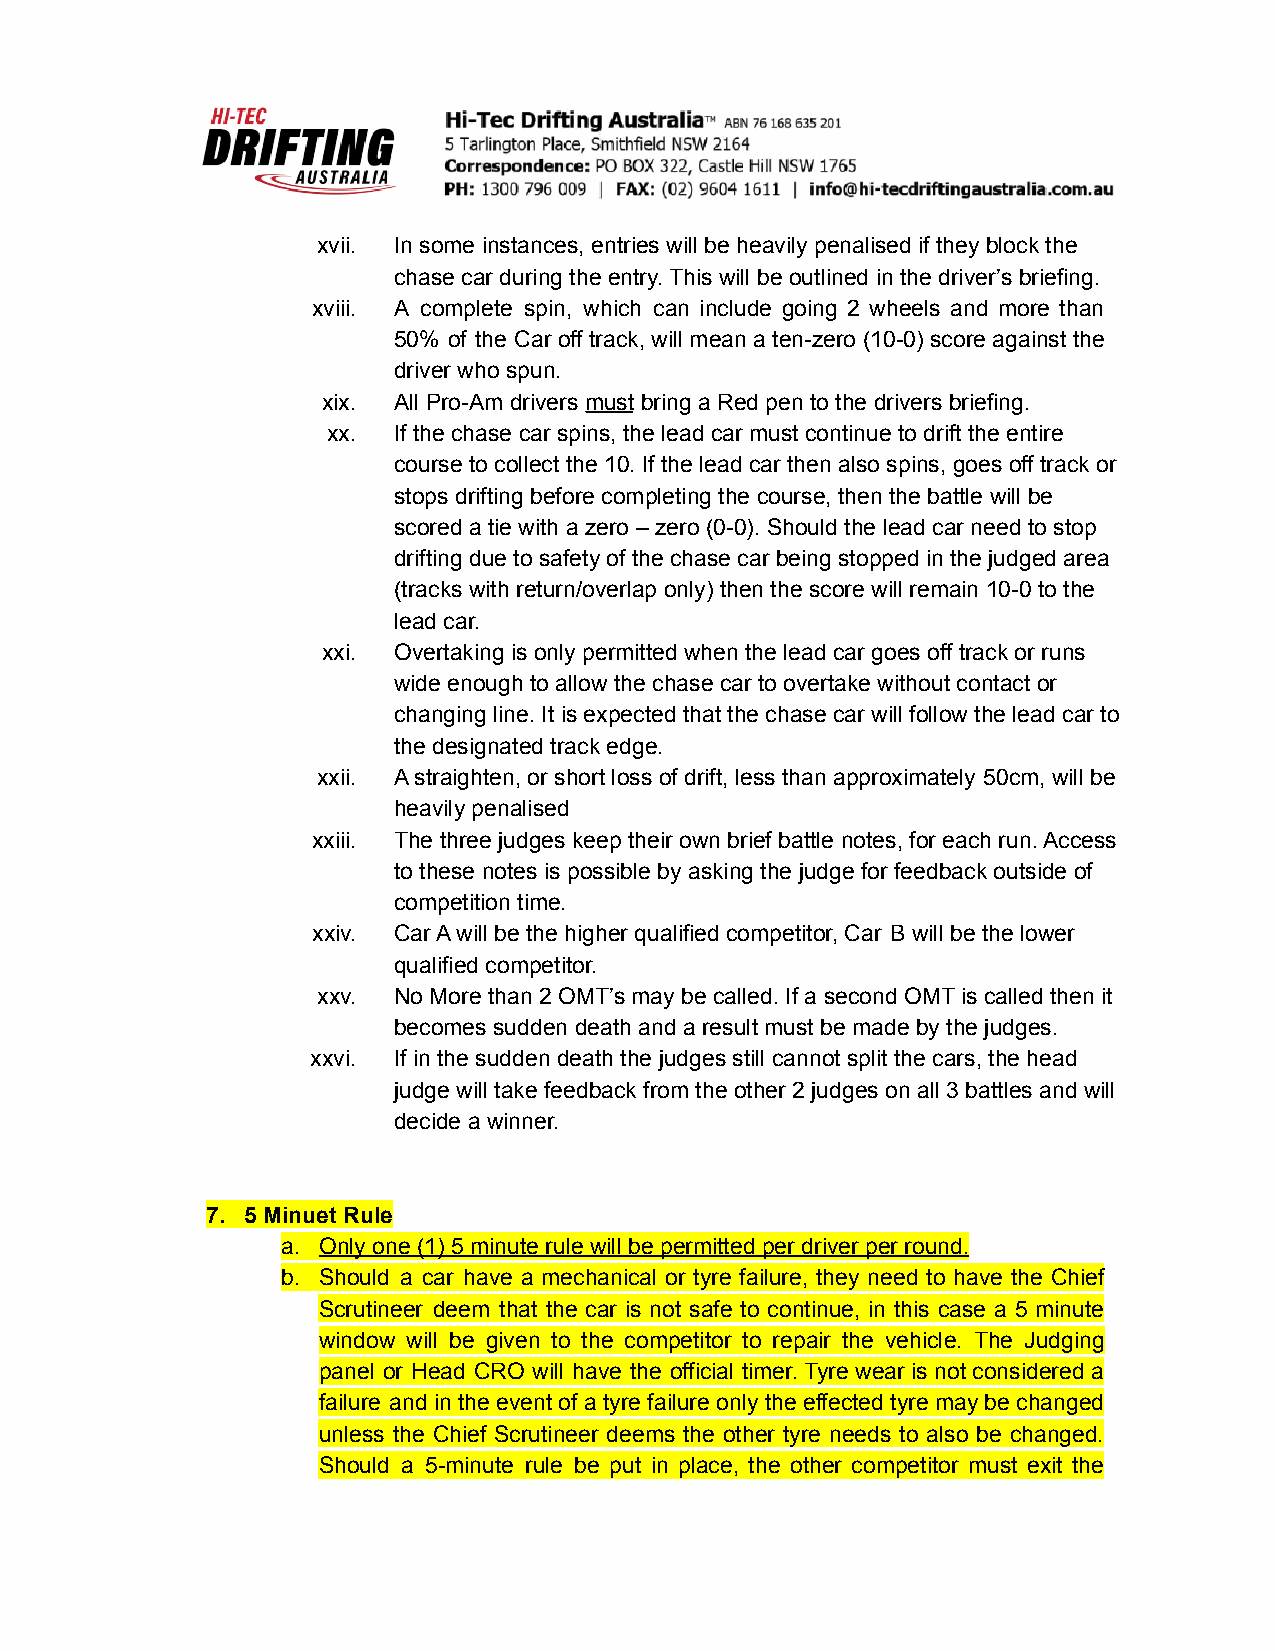
xvii. In some instances, entries will be heavily penalised if they block the
 chase car during the entry. This will be outlined in the driver’s briefing.
 xviii. A complete spin, which can include going 2 wheels and more than
 50% of the Car off track, will mean a ten-zero (10-0) score against the
 driver who spun.
 xix. All Pro-Am drivers must bring a Red pen to the drivers briefing.
 xx. If the chase car spins, the lead car must continue to drift the entire
 course to collect the 10. If the lead car then also spins, goes off track or
 stops drifting before completing the course, then the battle will be
 scored a tie with a zero – zero (0-0). Should the lead car need to stop
 drifting due to safety of the chase car being stopped in the judged area
 (tracks with return/overlap only) then the score will remain 10-0 to the
 lead car.
 xxi. Overtaking is only permitted when the lead car goes off track or runs
 wide enough to allow the chase car to overtake without contact or
 changing line. It is expected that the chase car will follow the lead car to
 the designated track edge.
 xxii. A straighten, or short loss of drift, less than approximately 50cm, will be
 heavily penalised
 xxiii. The three judges keep their own brief battle notes, for each run. Access
 to these notes is possible by asking the judge for feedback outside of
 competition time.
 xxiv. Car A will be the higher qualified competitor, Car B will be the lower
 qualified competitor.
 xxv. No More than 2 OMT’s may be called. If a second OMT is called then it
 becomes sudden death and a result must be made by the judges.
 xxvi. If in the sudden death the judges still cannot split the cars, the head
 judge will take feedback from the other 2 judges on all 3 battles and will
 decide a winner.
 7. 5 Minuet Rule
 a. Only one (1) 5 minute rule will be permitted per driver per round.
 b. Should a car have a mechanical or tyre failure, they need to have the Chief
 Scrutineer deem that the car is not safe to continue, in this case a 5 minute
 window will be given to the competitor to repair the vehicle. The Judging
 panel or Head CRO will have the official timer. Tyre wear is not considered a
 failure and in the event of a tyre failure only the effected tyre may be changed
 unless the Chief Scrutineer deems the other tyre needs to also be changed.
 Should a 5-minute rule be put in place, the other competitor must exit the